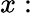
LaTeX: x: